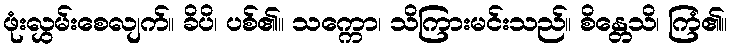
ဖုံးလွှမ်းစေလျက်။ ခိပိ၊ ပစ်၏။ သက္ကော၊ သိကြားမင်းသည်။ စိန္တေသိ၊ ကြံ၏။